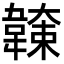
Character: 𩏖